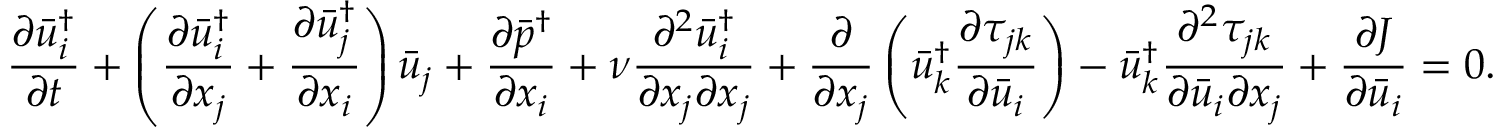
\frac { { \partial \bar { u } _ { i } ^ { \dag } } } { { \partial t } } + \left( { \frac { { \partial \bar { u } _ { i } ^ { \dag } } } { { \partial { x _ { j } } } } + \frac { { \partial \bar { u } _ { j } ^ { \dag } } } { { \partial { x _ { i } } } } } \right) { { \bar { u } } _ { j } } + \frac { { \partial { { \bar { p } } ^ { \dag } } } } { { \partial { x _ { i } } } } + \nu \frac { { { \partial ^ { 2 } } \bar { u } _ { i } ^ { \dag } } } { { \partial { x _ { j } } \partial { x _ { j } } } } + \frac { \partial } { { \partial { x _ { j } } } } \left( { \bar { u } _ { k } ^ { \dag } \frac { { \partial { \tau _ { j k } } } } { { \partial { { \bar { u } } _ { i } } } } } \right) - \bar { u } _ { k } ^ { \dag } \frac { { { \partial ^ { 2 } } { \tau _ { j k } } } } { { \partial { { \bar { u } } _ { i } } \partial { x _ { j } } } } + \frac { { \partial J } } { { \partial { { \bar { u } } _ { i } } } } = 0 .